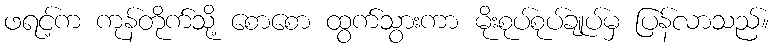
ဖရင့်က ကုန်တိုက်သို့ စောစော ထွက်သွားကာ မိုးစုပ်စုပ်ချုပ်မှ ပြန်လာသည်။